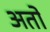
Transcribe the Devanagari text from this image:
अतो